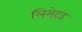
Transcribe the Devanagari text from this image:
लिमेटड